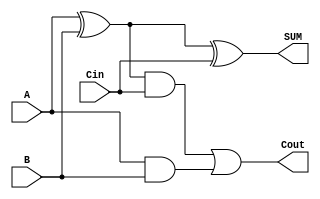
module FA(SUM, Cout, A, B, Cin);
    input A, B, Cin;
    output SUM, Cout;
    wire w1, w2, w3;
    
    xor xor1(w1, A, B);
    xor xor2(SUM, w1, Cin);
    
    and and1(w2, w1, Cin);
    and and2(w3, A, B);
    
    or or1(Cout, w2, w3);

endmodule
module adder_16bit_s(A , B ,Add_ctrl , O , C_out , SUM);

input [15:00] A , B ;
input Add_ctrl;//1 for SUMub ,0 for add

wire t0, t1, t2, t3, t4,t5,t6,t7,t8,t9,t10,t11,t12,t13,t14,t15;
wire co0, co1, co2, co3, co4,co5,co6,co7,co8,co9,co10,co11,co12,co13,co14;

output [15:0] SUM ;
output C_out ;
output O ;

    xor x0(t0, Add_ctrl, B[0]);
    xor x1(t1, Add_ctrl, B[1]);
    xor x2(t2, Add_ctrl, B[2]);
    xor x3(t3, Add_ctrl, B[3]);
    xor x4(t4, Add_ctrl, B[4]);
    xor x5(t5, Add_ctrl, B[5]);
    xor x6(t6, Add_ctrl, B[6]);
    xor x7(t7, Add_ctrl, B[7]);
    xor x8(t8, Add_ctrl, B[8]);
    xor x9(t9, Add_ctrl, B[9]);
    xor x10(t10, Add_ctrl, B[10]);
    xor x11(t11, Add_ctrl, B[11]);
    xor x12(t12, Add_ctrl, B[12]);
    xor x13(t13, Add_ctrl, B[13]);
    xor x14(t14, Add_ctrl, B[14]);
    xor x15(t15, Add_ctrl, B[15]);

    FA fa0(SUM[0], co0, A[0], t0, Add_ctrl);
    FA fa1(SUM[1], co1, A[1], t1, co0);
    FA fa2(SUM[2], co2, A[2], t2, co1);
    FA fa3(SUM[3], co3, A[3], t3, co2);
    FA fa4(SUM[4], co4, A[4], t4, co3);
    FA fa5(SUM[5], co5, A[5], t5, co4);
    FA fa6(SUM[6], co6, A[6], t6, co5);
    FA fa7(SUM[7], co7, A[7], t7, co6);
    FA fa8(SUM[8], co8, A[8], t8, co7);
    FA fa9(SUM[9], co9, A[9], t9, co8);
    FA fa10(SUM[10], co10, A[10], t10, co9);
    FA fa11(SUM[11], co11, A[11], t11, co10);
    FA fa12(SUM[12], co12, A[12], t12, co11);
    FA fa13(SUM[13], co13, A[13], t13, co12);
    FA fa14(SUM[14], co14, A[14], t14, co13);
    FA fa15(SUM[15], C_out, A[15], t15, co14);

    xor xor_o(O, C_out, co14);

endmodule